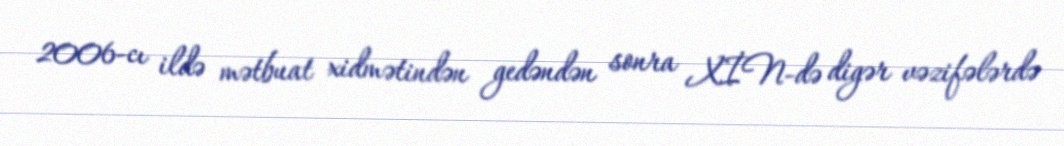
2006-cı ildə mətbuat xidmətindən gedəndən sonra XİN-də digər vəzifələrdə